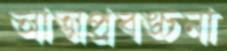
আত্মপ্রবঙ্চনা